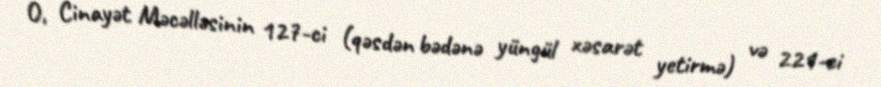
O, Cinayət Məcəlləsinin 127-ci (qəsdən bədənə yüngül xəsarət yetirmə) və 221-ci